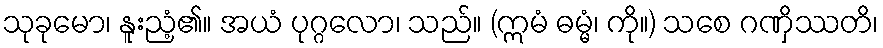
သုခုမော၊ နူးညံ့၏။ အယံ ပုဂ္ဂလော၊ သည်။ (ဣမံ ဓမ္မံ၊ ကို။) သစေ ဂဏှိဿတိ၊